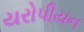
યરોપીયન